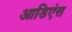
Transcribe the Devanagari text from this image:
आडिएंस